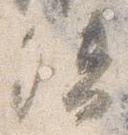
督